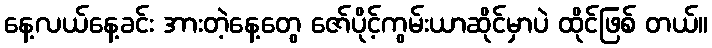
နေ့လယ်နေ့ခင်း အားတဲ့နေ့တွေ ဇော်ပိုင့်ကွမ်းယာဆိုင်မှာပဲ ထိုင်ဖြစ် တယ်။